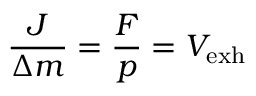
{ \frac { J } { \Delta m } } = { \frac { F } { p } } = V _ { \mathrm { { e x h } } }